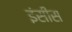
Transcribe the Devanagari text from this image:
इंसीस